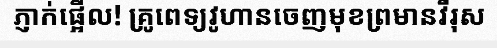
ភ្ញាក់ផ្អើល! គ្រូពេទ្យវូហានចេញមុខព្រមានវីរុស